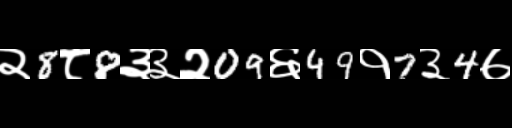
Text: २8८8३३२09६49१7३4७